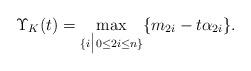
LaTeX: \begin{align*} \Upsilon _K (t)=\max _{\{i\big|0\leq 2i\leq n\}} \{ m_{2i}-t\alpha _{2i}\} . \end{align*}